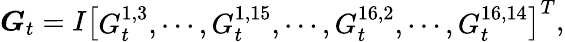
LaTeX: \boldsymbol G_{t}=I\left[\begin{array}{l}{G_{t}^{1,3},\cdots,G_{t}^{1,15},\cdots,G_{t}^{16,2},\cdots,G_{t}^{16,14}}\end{array}\right]^{T},